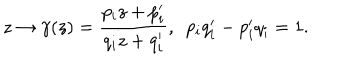
z \rightarrow \gamma ( z ) = \frac { p _ { i } z + p _ { i } ^ { \prime } } { q _ { i } z + q _ { i } ^ { \prime } } , ~ ~ p _ { i } q _ { i } ^ { \prime } - p _ { i } ^ { \prime } q _ { i } = 1 .